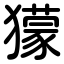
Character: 獴